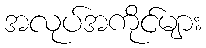
အလုပ်အကိုင်များ